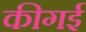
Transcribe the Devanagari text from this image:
कीगई